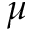
\mu